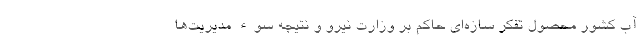
آب کشور محصول تفکر سازه‌ای حاکم بر وزارت نیرو و نتیجه سوء مدیریت‌ها